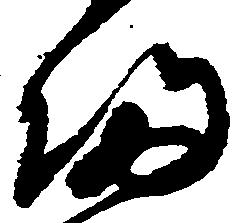
帰